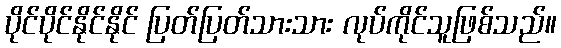
ပိုင်ပိုင်နိုင်နိုင် ပြတ်ပြတ်သားသား လုပ်ကိုင်သူဖြစ်သည်။